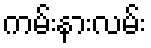
ကမ်းနားလမ်း